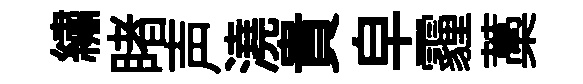
繡睹声澆貴皁霾藁